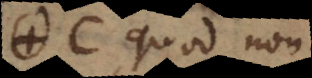
C, quod non